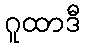
ဂူထာဒီ